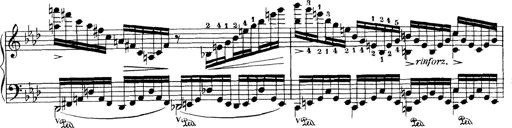
Title: Variationen Ã¼ber das Motiv von Bach
Composer: Franz Liszt